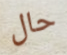
حال